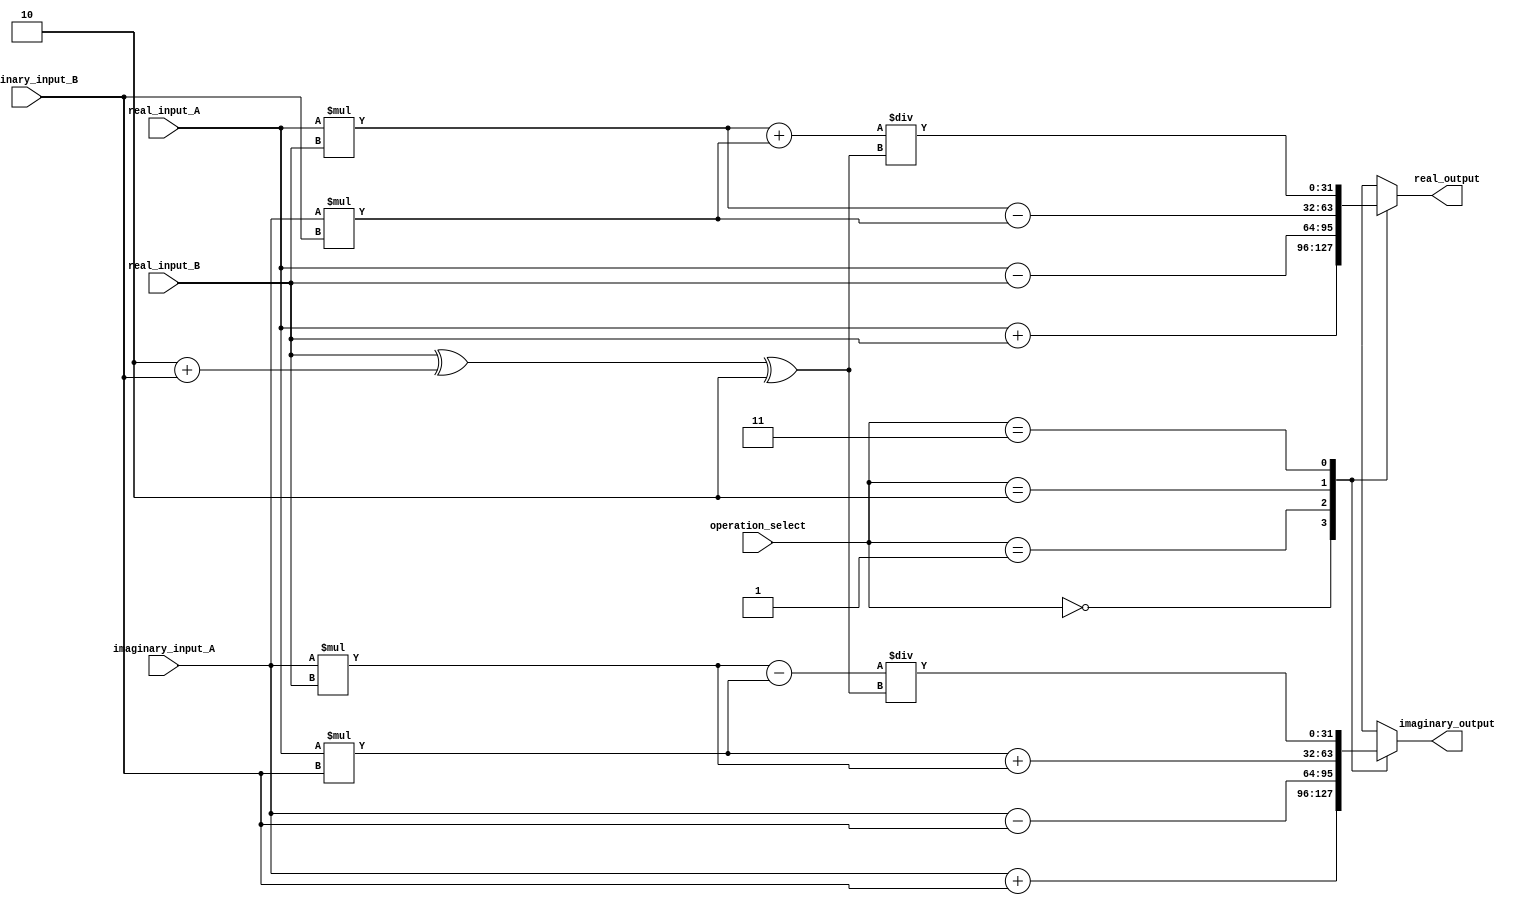
module Complex_ALU (
    input [31:0] real_input_A,
    input [31:0] imaginary_input_A,
    input [31:0] real_input_B,
    input [31:0] imaginary_input_B,
    input [1:0] operation_select,
    output reg [31:0] real_output,
    output reg [31:0] imaginary_output
);

always @(*)
begin
    case(operation_select)
        2'b00: begin // addition
            real_output = real_input_A + real_input_B;
            imaginary_output = imaginary_input_A + imaginary_input_B;
        end
        2'b01: begin // subtraction
            real_output = real_input_A - real_input_B;
            imaginary_output = imaginary_input_A - imaginary_input_B;
        end
        2'b10: begin // multiplication
            real_output = (real_input_A * real_input_B) - (imaginary_input_A * imaginary_input_B);
            imaginary_output = (real_input_A * imaginary_input_B) + (imaginary_input_A * real_input_B);
        end
        2'b11: begin // division
            real_output = (real_input_A * real_input_B + imaginary_input_A * imaginary_input_B) / (real_input_B^2 + imaginary_input_B^2);
            imaginary_output = (imaginary_input_A * real_input_B - real_input_A * imaginary_input_B) / (real_input_B^2 + imaginary_input_B^2);
        end
        default: begin
            real_output = 0;
            imaginary_output = 0;
        end
    endcase
end

endmodule